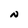
Character: N